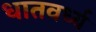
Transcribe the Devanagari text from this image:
धातवर्ध्य